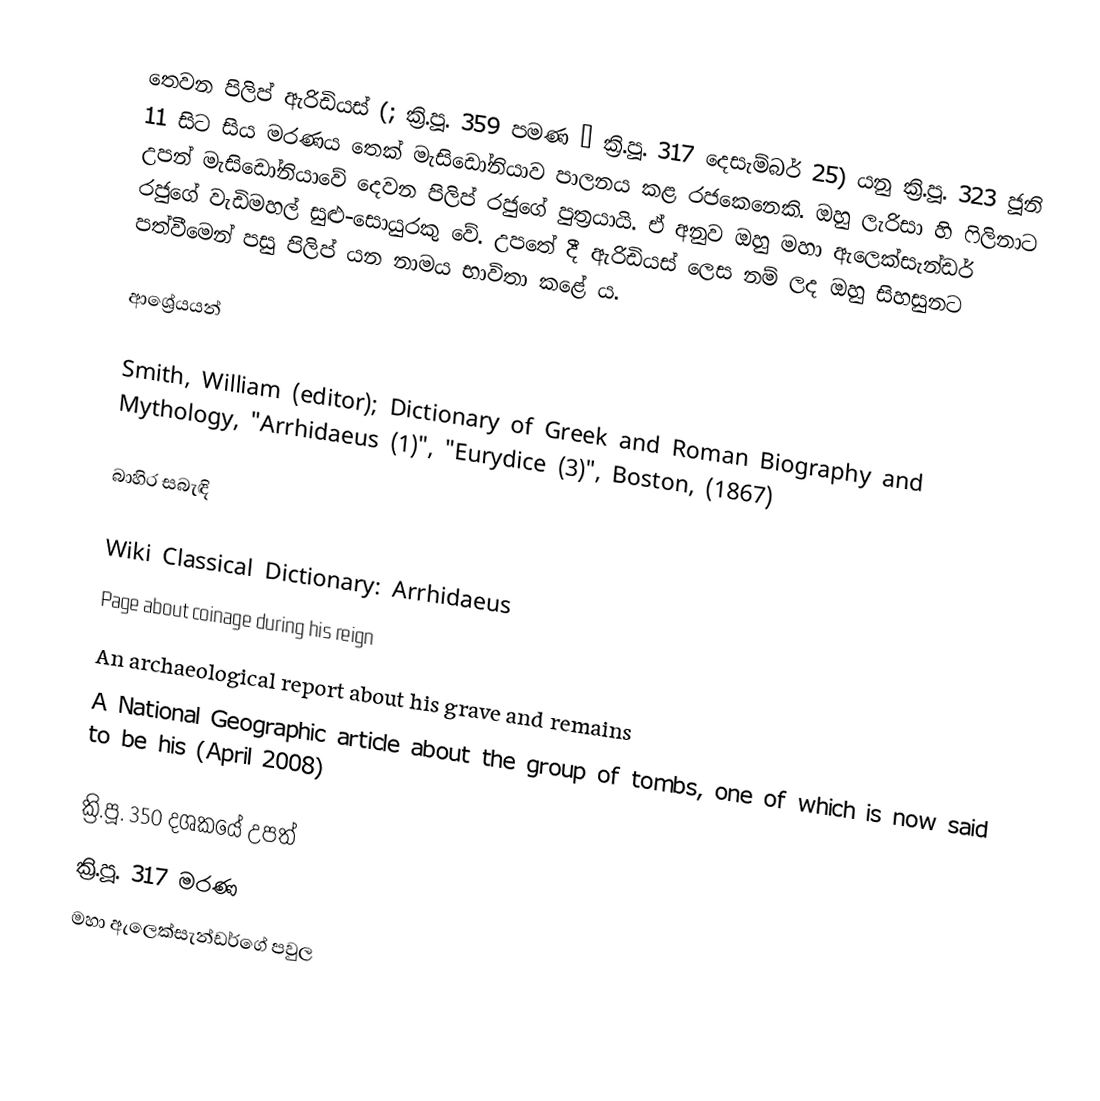
තෙවන පිලිප් ඇරිඩියස් (; ක්‍රි.පූ. 359 පමණ – ක්‍රි.පූ. 317 දෙසැම්බර් 25) යනු ක්‍රි.පූ. 323 ජූනි 11 සිට සිය මරණය තෙක් මැසිඩෝනියාව පාලනය කළ රජකෙනෙකි. ඔහු ලැරිසා හි ෆිලිනාට උපන් මැසිඩෝනියාවේ දෙවන පිලිප් රජුගේ පුත්‍රයායි. ඒ අනුව ඔහු මහා ඇලෙක්සැන්ඩර් රජුගේ වැඩිමහල් සුළු-සොයුරකු වේ. උපතේ දී ඇරිඩියස් ලෙස නම් ලද ඔහු සිහසුනට පත්වීමෙන් පසු පිලිප් යන නාමය භාවිතා කළේ ය.

ආශ්‍රේයයන්

Smith, William (editor); Dictionary of Greek and Roman Biography and Mythology, "Arrhidaeus (1)", "Eurydice (3)", Boston, (1867)

බාහිර සබැඳි

Wiki Classical Dictionary: Arrhidaeus
Page about coinage during his reign
An archaeological report about his grave and remains
A National Geographic article about the group of tombs, one of which is now said to be his (April 2008)

ක්‍රි.පූ. 350 දශකයේ උපත්
ක්‍රි.පූ. 317 මරණ
මහා ඇලෙක්සැන්ඩර්ගේ පවුල